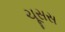
ચૂસસ